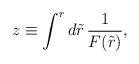
LaTeX: \begin{align*}z\equiv \int^r d\tilde{r}\,\frac{1}{F(\tilde{r})},\end{align*}